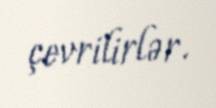
çevrilirlər.